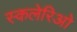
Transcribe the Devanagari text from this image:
स्कलेरिओ